Vaccination Hyderabad 1890-1903 - 1890-1903
Year: 1890
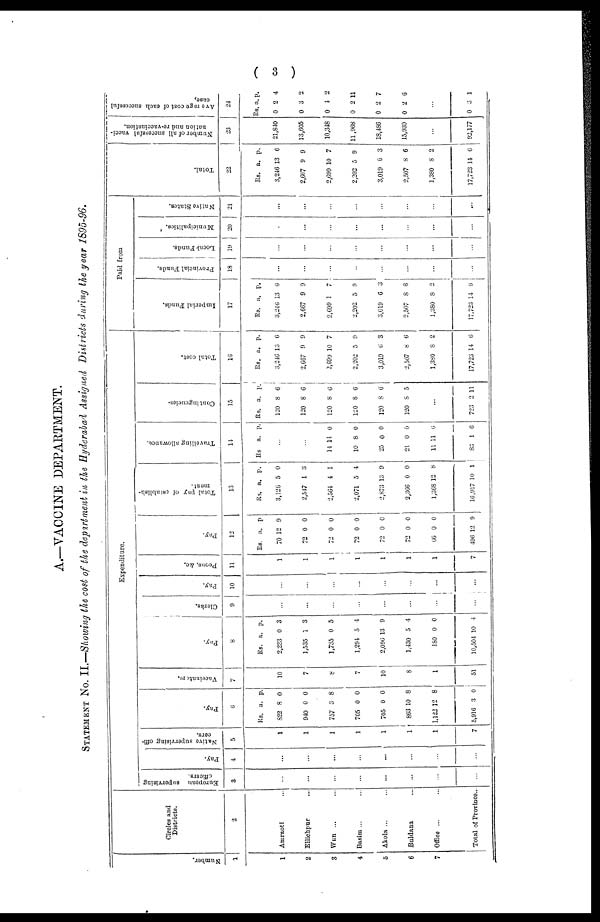
( 3 )
A.—VACCINE DEPARTMENT.
STATEMENT No. II.—Showing the cost of the department in the Hyderabad Assigned Districts during the year 1895-96.
Number.
1
1
2
3
4
5
6
7
Circles and
Districts.
2
Amraoti ...
Ellichpur
...
Wun ... ...
Basim ... ...
Akola ... ...
Buldana ...
Office ... ...
Total of Province...
Expenditure.
European supervising
officers.
3
...
...
...
...
...
...
...
...
Pay.
4
...
...
...
...
...
...
...
...
Native supervising offi-
cers.
5
1
1
1
1
1
1
1
7
Pay.
6
Rs.
822
940
757
705
705
863
1,122
5,916
a.
8
0
3
0
0
10
12
3
p.
0
0
8
0
0
8
8
0
Vaccinators.
7
10
7
8
7
10
8
1
51
Pay.
8
Rs.
2,233
1,535
1,735
1,294
2,096
1,430
180
10,504
a.
0
1
0
5
13
5
0
10
p.
3
3
5
4
9
4
0
4
Clerks.
9
...
...
...
...
...
...
...
...
Pay.
10
...
...
...
...
...
...
...
...
Peons, &c.
11
1
1
1
1
1
1
1
7
Pay.
12
Rs.
70
72
72
72
72
72
66
496
a.
12
0
0
0
0
0
0
12
p.
9
0
0
0
0
0
0
9
Total pay of establish-
ment.
13
Rs.
3,126
2,547
2,564
2,071
2,873
2,366
1,368
16,917
a.
5
1
4
5
13
0
12
10
p.
0
3
1
4
9
0
8
1
Travelling allowance.
14
Rs. a. p.
...
...
14
10
25
21
11
83
14
8
0
0
11
1
0
0
0
0
6
6
Contingencies.
15
Rs.
120
120
120
120
120
120
a.
8
8
8
8
8
8
p.
6
6
6
6
6
5
...
723 2 11
Total cost.
16
Rs.
3,246
2,667
2,699
2,202
3,019
2,507
1,380
17,723
a.
13
9
10
5
6
8
8
14
p.
6
9
7
9
3
6
2
6
Paid from
Imperial Funds.
17
Rs.
3,246
2,667
2,699
2,202
3,019
2,507
1,380
17,723
a.
13
9
1
5
6
8
8
14
p.
6
9
7
9
3
6
2
6
Provincial Funds.
18
...
...
...
...
...
...
...
...
Local Funds.
19
...
...
...
...
...
...
...
...
Municipalities.
20
...
...
...
...
...
...
...
...
Native States.
21
...
...
...
...
...
...
...
...
Total.
22
Rs.
3,246
2,667
2,699
2,202
3,019
2,507
1,380
17,723
a.
13
9
10
5
6
8
8
14
p.
6
9
7
9
3
6
2
6
Number of all successful vacci-
nation and re-vaccination.
23
21,840
13,605
10,348
11,968
18,486
15,930
...
92,177
Average cost of each successful
case.
24
Rs.
0
0
0
0
0
0
a
2
3
4
2
2
2
p.
4
2
2
11
7
6
...
0 3 1